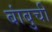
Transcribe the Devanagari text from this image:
बांबुची